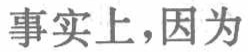
事实上，因为